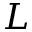
L